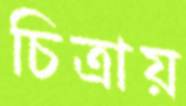
চিত্রায়